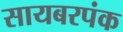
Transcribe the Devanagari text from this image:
सायबरपंक